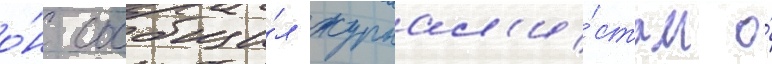
о́н сообщи́л журнал'и́стам о́